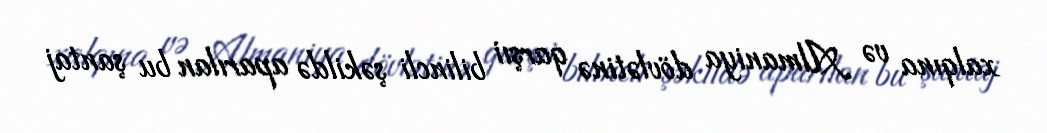
xalqına və Almaniya dövlətinə qarşıi bilincli şəkildə aparılan bu şantaj